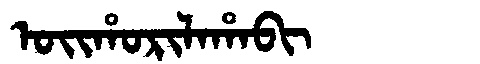
Manchu: ᠣᡳᡥᠣᡵᡳᠯᠠᡥᠠᠪᡳ
Romanization: OIHORILAHABI